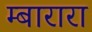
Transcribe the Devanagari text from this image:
म्बारारा